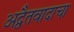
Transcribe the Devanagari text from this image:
अद्वैतवादाचा